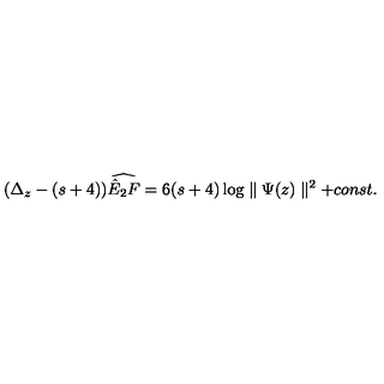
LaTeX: ( \Delta _ { z } - ( s + 4 ) ) \widehat { \hat { E } _ { 2 } F } = 6 ( s + 4 ) \log \parallel \Psi ( z ) \parallel ^ { 2 } + c o n s t .